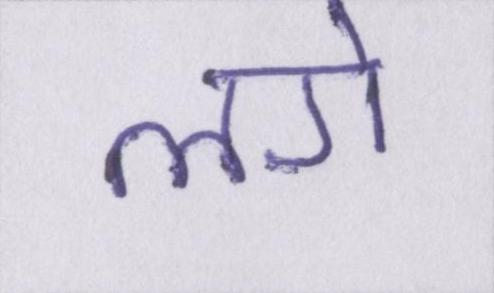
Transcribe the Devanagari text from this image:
लगे